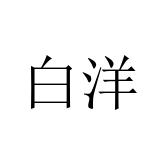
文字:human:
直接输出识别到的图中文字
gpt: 白洋